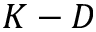
K - D